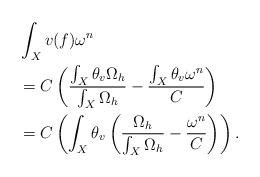
LaTeX: \begin{align*}&\int_{X}v(f)\omega^{n}\\&=C\left(\frac{\int_{X}\theta_{v}\Omega_{h}}{\int_{X}\Omega_{h}}-\frac{\int_{X}\theta_{v}\omega^{n}}{C}\right)\\&=C\left(\int_{X}\theta_{v}\left(\frac{\Omega_{h}}{\int_{X}\Omega_{h}}-\frac{\omega^{n}}{C}\right)\right).\end{align*}